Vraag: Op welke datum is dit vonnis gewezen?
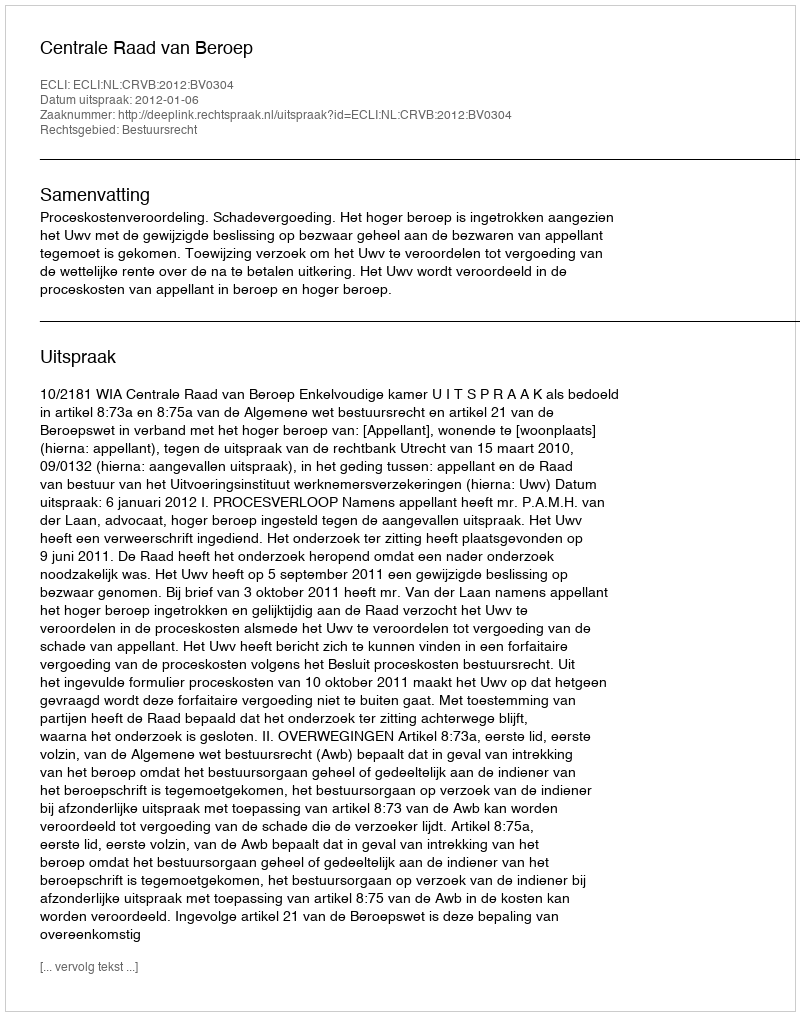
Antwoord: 2012-01-06